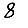
Digit: 8